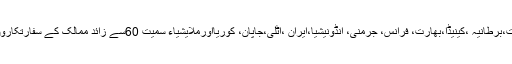
چین ،سعودی عرب،متحدہ عرب امارات،برطانیہ ،کینیڈا،بھارت، فرانس، جرمنی، انڈونیشیا،ایران ،اٹلی،جاپان، کوریااورملایشیاء سمیت 60سے زائد ممالک کے سفارتکاروں نے پنجاب کانفرنس میں شرکت کی۔